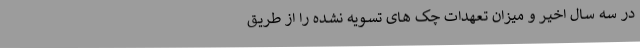
در سه سـال اخیـر و میزان تعهدات چک‌ هـای تسـویه نشـده را از طریـق